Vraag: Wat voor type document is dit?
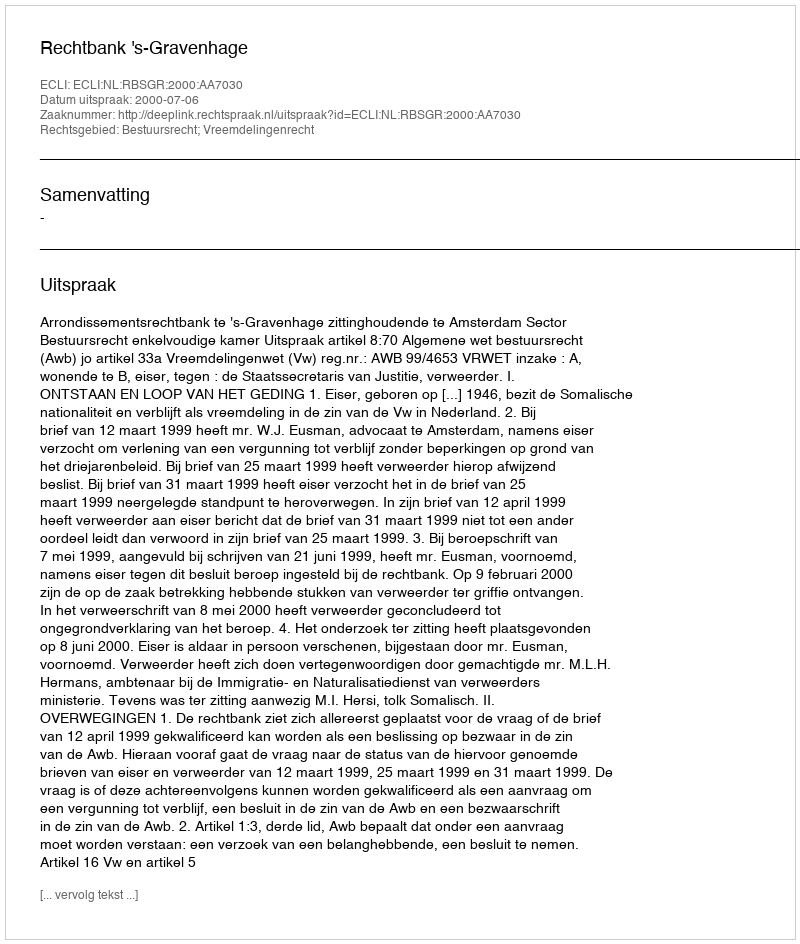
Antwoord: Uitspraak